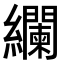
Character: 𮉚